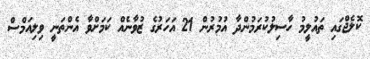
ކޮލެޖްގައި ތައުލީމު ހާސިލުކުރަމުންދާ އުމުރުން 21 އަހަރުގެ ޒުވާނެއް ކަމަށްވާ އެންތަނީ ވިލިއަމްސް